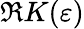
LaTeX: \Re K(\varepsilon)